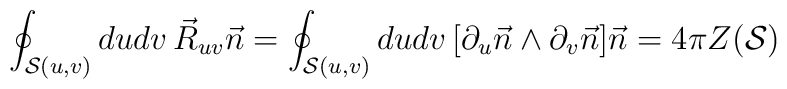
\oint_{{\cal S}(u,v)} du dv \, \vec{R}_{u v} \vec{n}=\oint_{{\cal S}(u,v)} du dv \, [ \partial_u \vec{n} \wedge \partial_v \vec{n} ] \vec{n}=4\pi Z({\cal S})